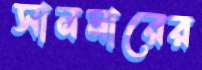
সানমারের